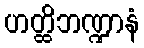
ဟတ္ထိဘဏ္ဍာနံ